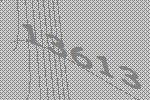
13613